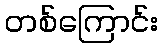
တစ်ကြောင်း